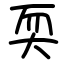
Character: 耎